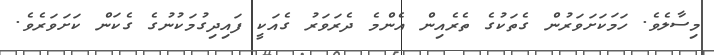
މިސާލެވެ. ހަމަކަށަވަރުން ގެތަކުގެ ތެރެއިން އެންމެ ދެރަވަރު ގެއަކީ ފައިދިގުމަކުނުގެ ގެކަން ކަށަވަރެވެ.